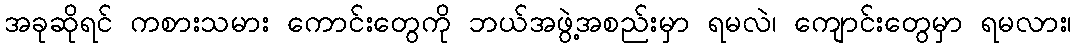
အခုဆိုရင် ကစားသမား ကောင်းတွေကို ဘယ်အဖွဲ့အစည်းမှာ ရမလဲ၊ ကျောင်းတွေမှာ ရမလား၊